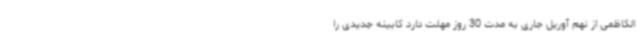
الکاظمی از نهم آوریل جاری به مدت 30 روز مهلت دارد کابینه جدیدی را